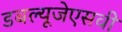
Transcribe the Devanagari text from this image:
डबल्यूजेएसवी